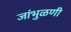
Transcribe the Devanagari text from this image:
जांभुळणी